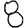
Digit: 8